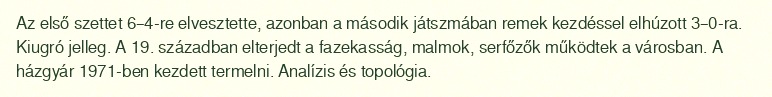
Az első szettet 6–4-re elvesztette, azonban a második játszmában remek kezdéssel elhúzott 3–0-ra. Kiugró jelleg. A 19. században elterjedt a fazekasság, malmok, serfőzők működtek a városban. A házgyár 1971-ben kezdett termelni. Analízis és topológia.